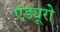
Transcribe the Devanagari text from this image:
एंड्यूरो